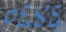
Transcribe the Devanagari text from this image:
०६४६